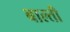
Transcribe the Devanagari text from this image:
बाल्ती